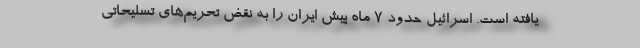
یافته است. اسرائیل حدود 7 ماه پیش ایران را به نقض تحریم‌های تسلیحاتی